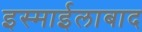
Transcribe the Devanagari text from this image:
इस्माईलाबाद